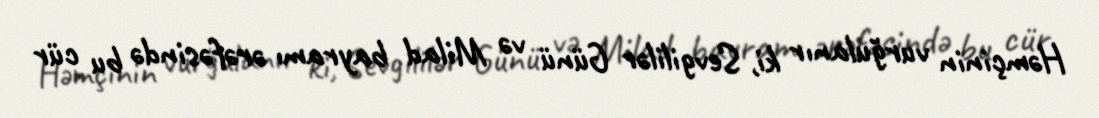
Həmçinin vurğulanır ki, Sevgililər Günü və Milad bayramı ərəfəsində bu cür